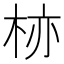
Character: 𱣗